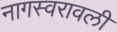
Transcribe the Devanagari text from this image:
नागस्वरावली